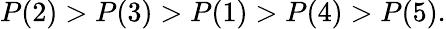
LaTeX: P(2)>P(3)>P(1)>P(4)>P(5).